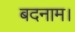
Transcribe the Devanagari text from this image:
बदनाम।